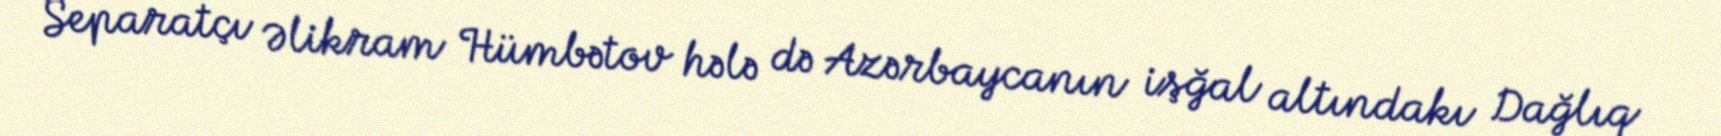
Separatçı Əlikram Hümbətov hələ də Azərbaycanın işğal altındakı Dağlıq